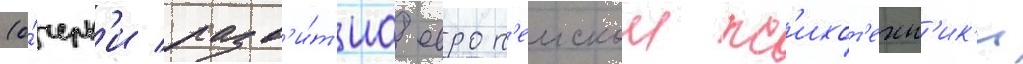
(о́черк'и разв'и́т'иа европ'еискои пс'ихот'ехн'ик'и